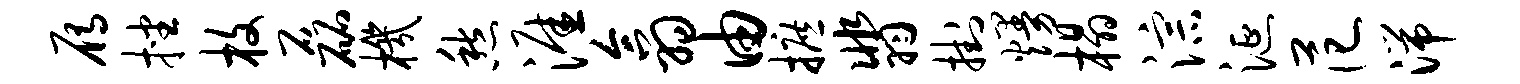
雁挫枚磊机愁涯翕由摭翡挂熳榻淙涎范湍